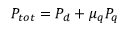
P _ { t o t } = P _ { d } + \mu _ { q } P _ { q }